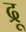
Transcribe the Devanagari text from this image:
द्रू